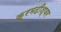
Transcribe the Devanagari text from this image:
क्रमदीश्वर